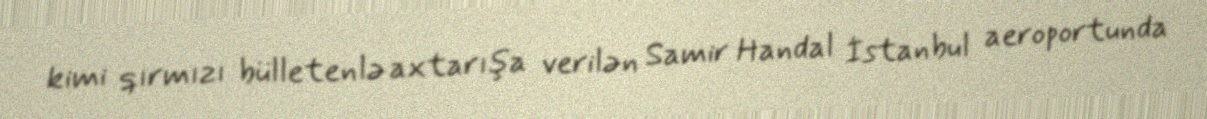
kimi qırmızı bülletenlə axtarışa verilən Samir Handal İstanbul aeroportunda